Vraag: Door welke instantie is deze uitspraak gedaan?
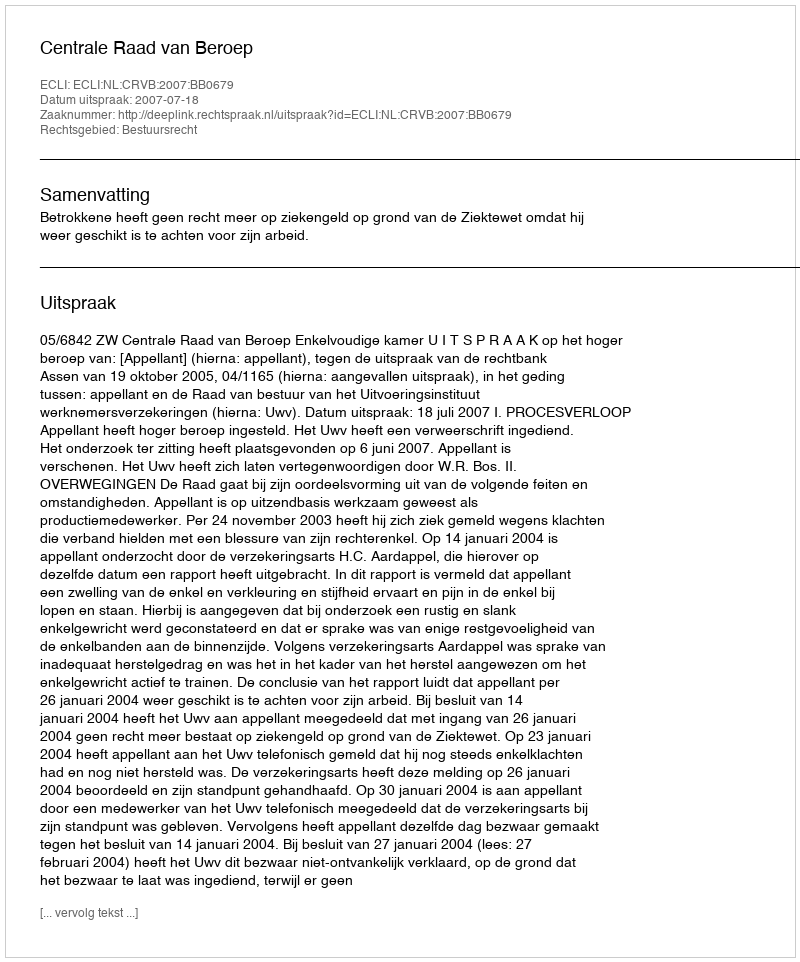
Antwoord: Centrale Raad van Beroep